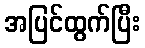
အပြင်ထွက်ပြီး